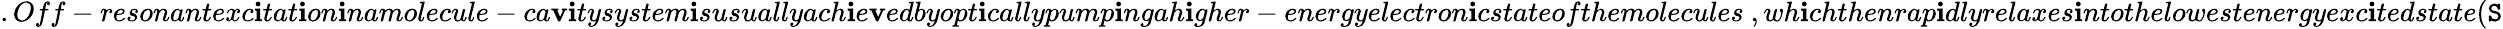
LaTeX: .Off-resonantexc\mathbf{i}tat\mathbf{i}on\mathbf{i}namolecule-ca\mathbf{v}\mathbf{i}tysystem\mathbf{i}susuallyach\mathbf{i}e\mathbf{v}edbyopt\mathbf{i}callypump\mathbf{i}ngah\mathbf{i}gher-energyelectron\mathbf{i}cstateofthemolecules~,wh\mathbf{i}chthenrap\mathbf{i}dlyrelaxes\mathbf{i}ntothelowestenergyexc\mathbf{i}tedstate(\mathtt{S}